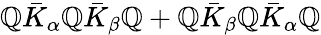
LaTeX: \mathbb{Q}\bar{{K}}_{\alpha}\mathbb{Q}\bar{{K}}_{\beta}\mathbb{Q}+\mathbb{Q}\bar{{K}}_{\beta}\mathbb{Q}\bar{{K}}_{\alpha}\mathbb{Q}